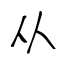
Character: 从